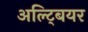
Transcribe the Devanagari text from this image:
अल्ट्बियर